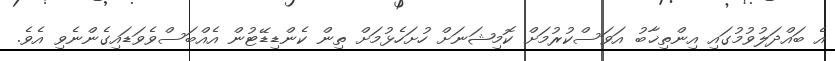
އެ ބައްދަލުވުމުގައި އިންތިޚާބު އަވަސްކުރުމަށް ކޮމިޝަނަށް ހުށަހެޅުމަށް ތިން ކެންޑިޑޭޓުން އެއްބަސްވެވަޑައިގެންނެވި އެވެ.